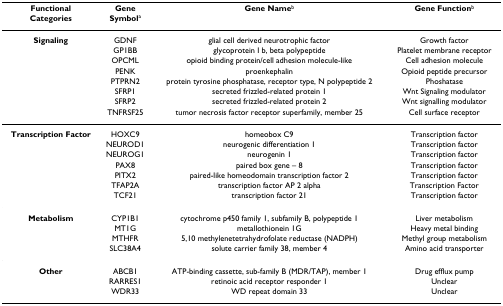
| Functional Categories | Gene Symbola | Gene Nameb | Gene Functionb |
 | --- | --- | --- | --- |
 | Signaling | GDNF | glial cell derived neurotrophic factor | Growth factor |
 |  | GP1BB | glycoprotein I b, beta polypeptide | Platelet membrane receptor |
 |  | OPCML | opioid binding protein/cell adhesion molecule-like | Cell adhesion molecule |
 |  | PENK | proenkephalin | Opioid peptide precursor |
 |  | PTPRN2 | protein tyrosine phosphatase, receptor type, N polypeptide 2 | Phoshatase |
 |  | SFRP1 | secreted frizzled-related protein 1 | Wnt Signaling modulator |
 |  | SFRP2 | secreted frizzled-related protein 2 | Wnt signalling modulator |
 |  | TNFRSF25 | tumor necrosis factor receptor superfamily, member 25 | Cell surface receptor |
 | Transcription Factor | HOXC9 | homeobox C9 | Transcription factor |
 |  | NEUROD1 | neurogenic differentiation 1 | Transcription factor |
 |  | NEUROG1 | neurogenin 1 | Transcription factor |
 |  | PAX8 | paired box gene – 8 | Transcription factor |
 |  | PITX2 | paired-like homeodomain transcription factor 2 | Transcription factor |
 |  | TFAP2A | transcription factor AP 2 alpha | Transcription Factor |
 |  | TCF21 | transcription factor 21 | Transcription factor |
 | Metabolism | CYP1B1 | cytochrome p450 family 1, subfamily B, polypeptide 1 | Liver metabolism |
 |  | MT1G | metallothionein 1G | Heavy metal binding |
 |  | MTHFR | 5,10 methylenetetrahydrofolate reductase (NADPH) | Methyl group metabolism |
 |  | SLC38A4 | solute carrier family 38, member 4 | Amino acid transporter |
 | Other | ABCB1 | ATP-binding cassette, sub-family B (MDR/TAP), member 1 | Drug efflux pump |
 |  | RARRES1 | retinoic acid receptor responder 1 | Unclear |
 |  | WDR33 | WD repeat domain 33 | Unclear |